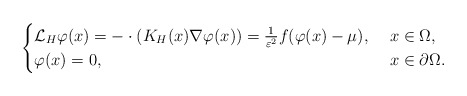
\begin{align*}\begin{cases}\mathcal{L}_H\varphi(x)=-\cdot(K_H(x)\nabla\varphi(x))=\frac{1}{\varepsilon^2}f(\varphi(x)-\mu),\ &x\in \Omega,\\\varphi(x)=0,\ &x\in \partial \Omega.\end{cases}\end{align*}